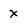
Character: x